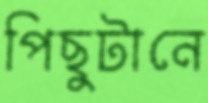
পিছুটানে